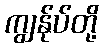
ကျွန်ုပ်တို့